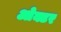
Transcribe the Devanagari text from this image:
ओक्टर